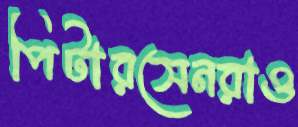
পিটারসেনরাও